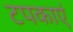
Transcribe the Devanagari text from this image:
टपकाएं